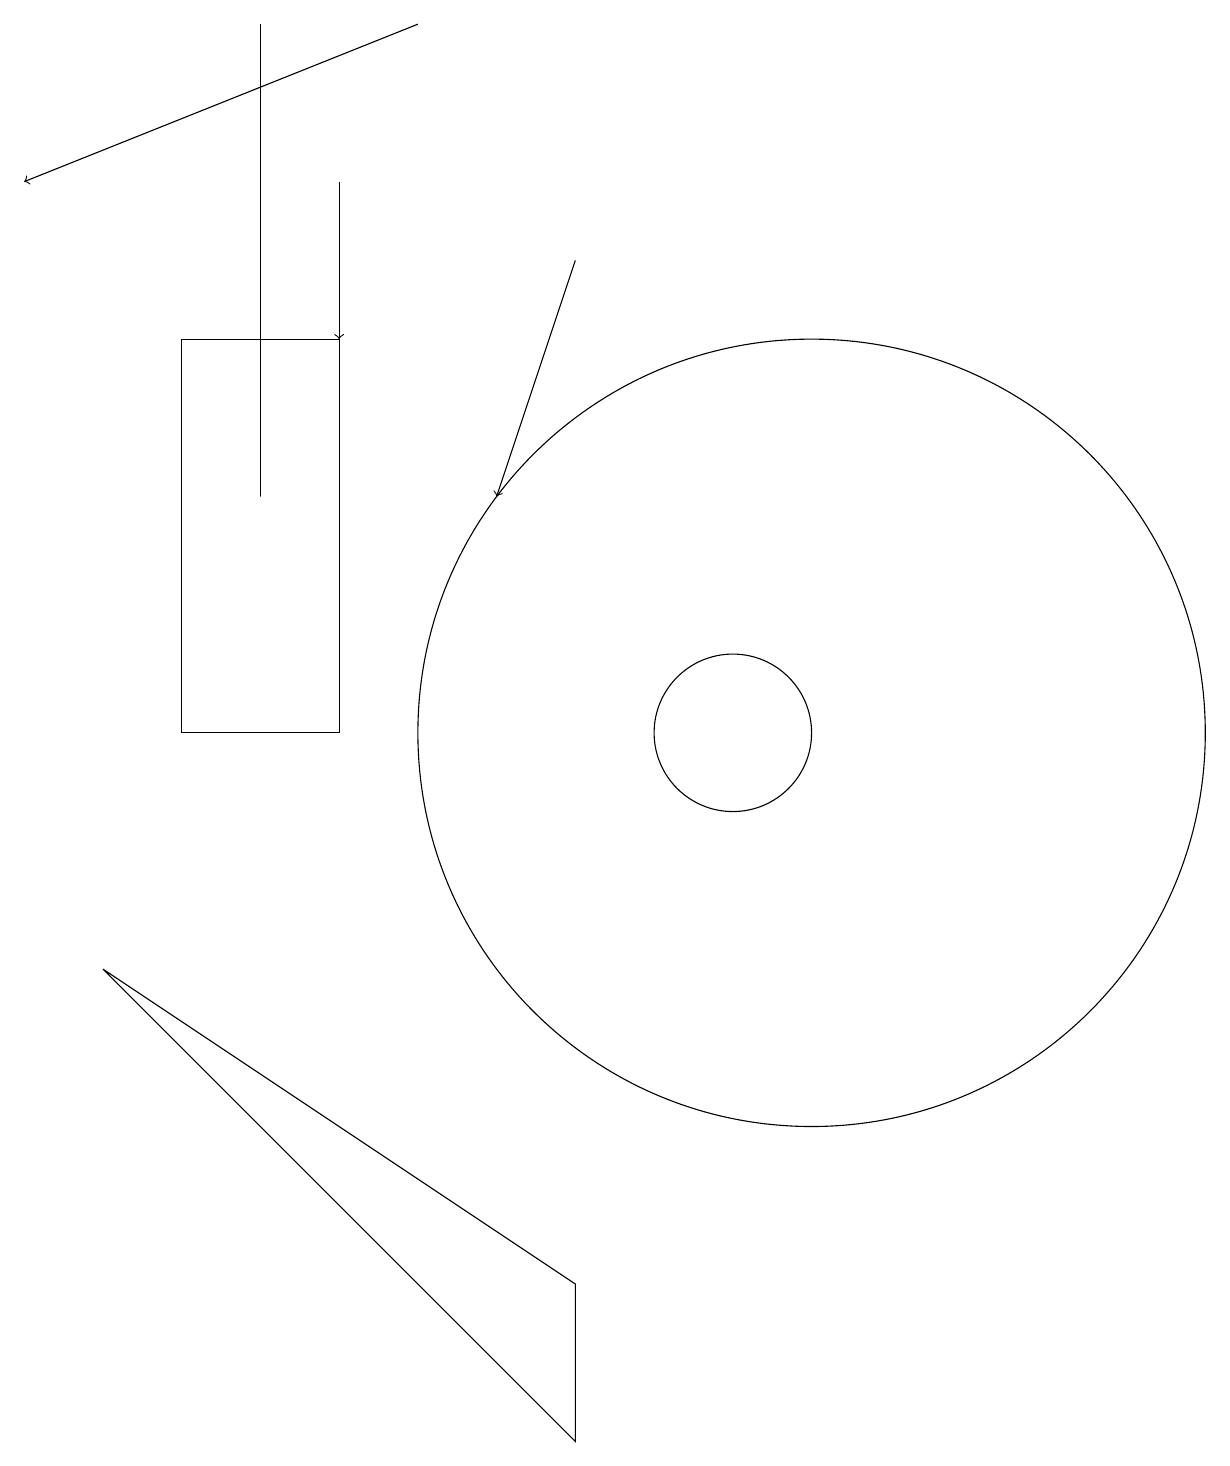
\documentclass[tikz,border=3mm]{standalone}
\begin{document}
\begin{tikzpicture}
\draw (4,19) rectangle (4,13);
\draw (11,10) circle (5);
\draw[->] (6,19) -- (1,17);
\draw (2,7) -- (8,3) -- (8,1) -- cycle;
\draw[->] (8,16) -- (7,13);
\draw (3,15) rectangle (5,10);
\draw (10,10) circle (1);
\draw[->] (5,17) -- (5,15);
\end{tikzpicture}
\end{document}